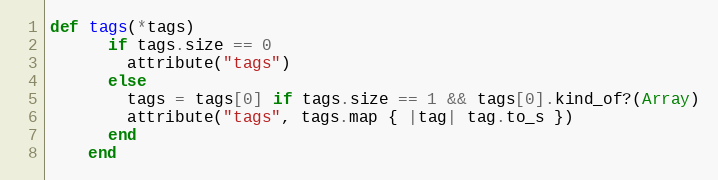
Language: Ruby
def tags(*tags)
      if tags.size == 0
        attribute("tags")
      else
        tags = tags[0] if tags.size == 1 && tags[0].kind_of?(Array)
        attribute("tags", tags.map { |tag| tag.to_s })
      end
    end